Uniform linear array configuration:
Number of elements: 48
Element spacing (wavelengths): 1
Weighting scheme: blackman
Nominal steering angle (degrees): -60
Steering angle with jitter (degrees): -59.963
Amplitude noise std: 0.05
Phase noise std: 0.05

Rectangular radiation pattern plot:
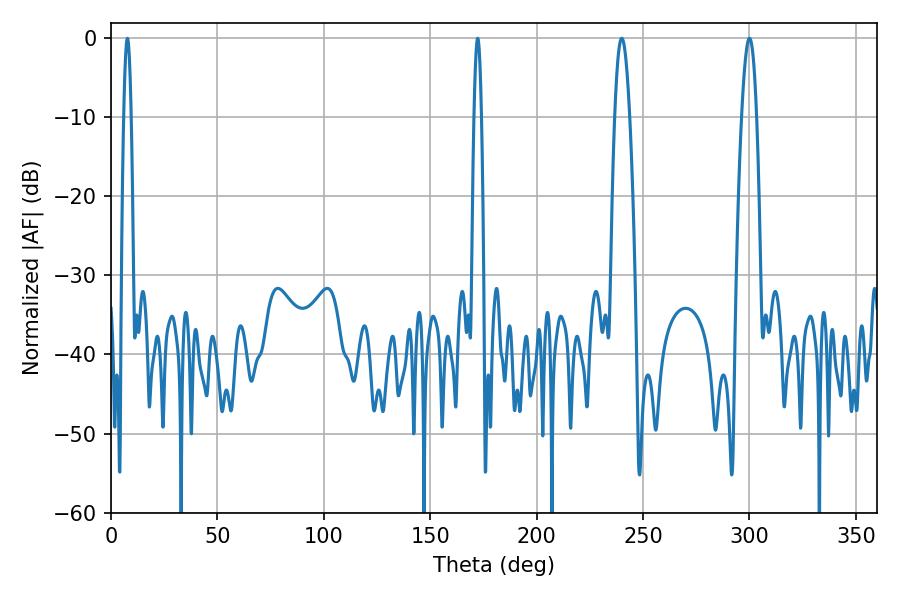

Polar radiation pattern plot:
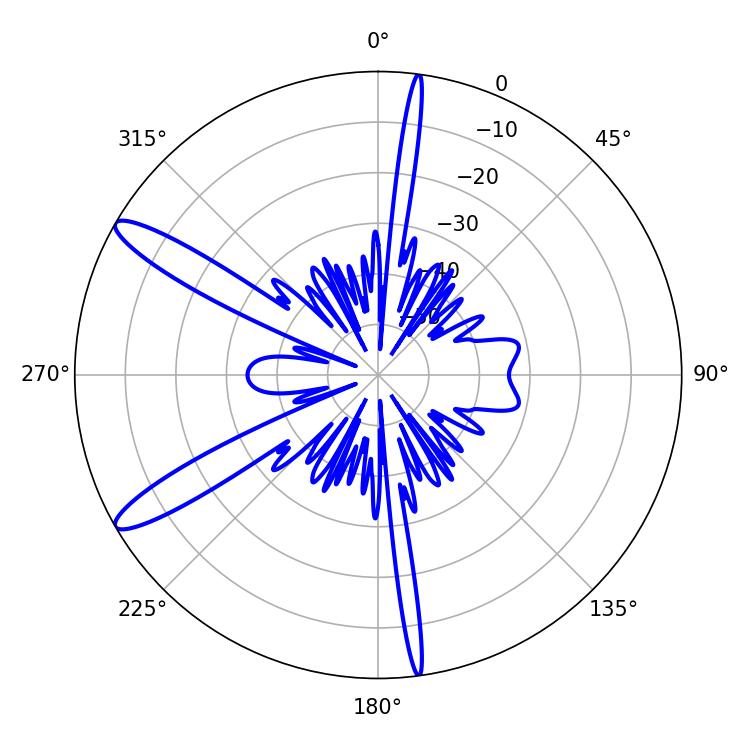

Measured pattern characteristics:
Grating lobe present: TRUE
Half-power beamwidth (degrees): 3.78
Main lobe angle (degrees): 239.94